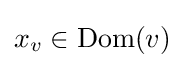
x_{v}\in \operatorname {Dom} (v)